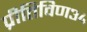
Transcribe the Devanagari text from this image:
प्रीतिविण३४